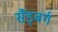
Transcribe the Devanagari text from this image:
सैंड्बर्ग